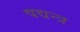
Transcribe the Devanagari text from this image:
षद्यन्त्र